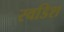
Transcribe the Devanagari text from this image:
स्वडिश